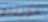
مورينو